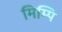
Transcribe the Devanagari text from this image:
मिम्पि